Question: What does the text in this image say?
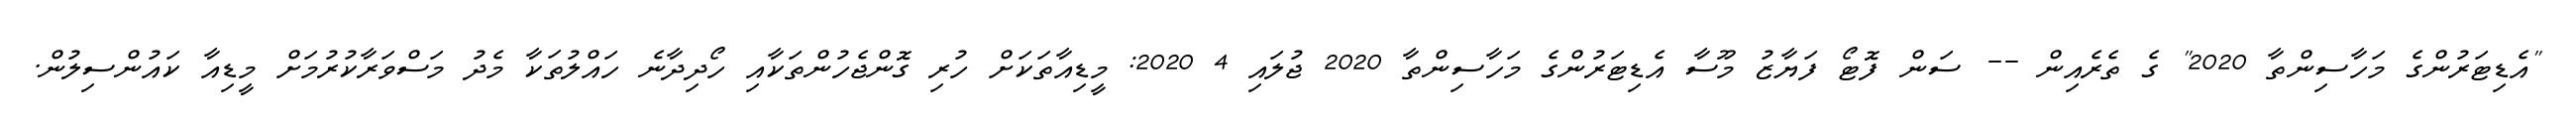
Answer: "އެޑިޓަރުންގެ މަހާސިންތާ 2020" ގެ ތެރެއިން -- ސަން ފޮޓޯ ފަޔާޒު މޫސާ އެޑިޓަރުންގެ މަހާސިންތާ 2020 ޖުލައި 4 2020: މީޑިއާތަކަށް ހުރި ގޮންޖެހުންތަކާއި ހޯދިދާނެ ހައްލުތަކާ މެދު މަސްވަރާކުރުމަށް މީޑިއާ ކައުންސިލުން.